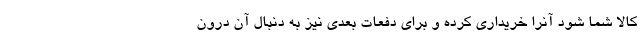
کالا شما شود آنرا خریداری کرده و برای دفعات بعدی نیز به دنبال آن درون